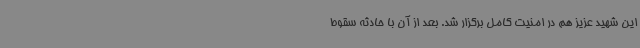
این شهید عزیز هم در امنیت کامل برگزار شد. بعد از آن با حادثه سقوط